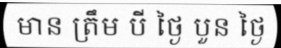
មាន ត្រឹម បី ថ្ងៃ បួន ថ្ងៃ